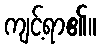
ကျင့်ရာ၏။